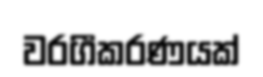
වරගීකරණයක්